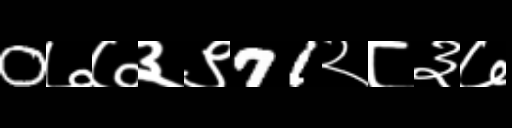
Text: 0७७३९71२८३७